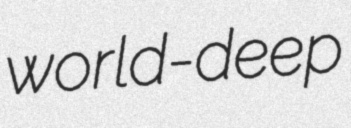
world-deep